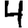
Digit: 4